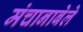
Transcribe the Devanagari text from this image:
मंचानाबेले